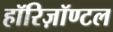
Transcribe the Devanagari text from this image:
हॉरिज़ॉण्टल